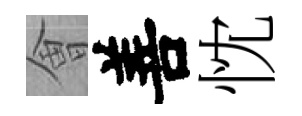
㑹善忱